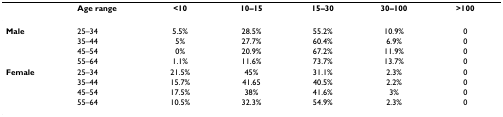
<table><thead><tr><td></td><td><b>Age range</b></td><td><b>&lt;10</b></td><td><b>10–15</b></td><td><b>15–30</b></td><td><b>30–100</b></td><td><b>&gt;100</b></td></tr></thead><tbody><tr><td><b>Male</b></td><td>25–34</td><td>5.5%</td><td>28.5%</td><td>55.2%</td><td>10.9%</td><td>0</td></tr><tr><td></td><td>35–44</td><td>5%</td><td>27.7%</td><td>60.4%</td><td>6.9%</td><td>0</td></tr><tr><td></td><td>45–54</td><td>0%</td><td>20.9%</td><td>67.2%</td><td>11.9%</td><td>0</td></tr><tr><td></td><td>55–64</td><td>1.1%</td><td>11.6%</td><td>73.7%</td><td>13.7%</td><td>0</td></tr><tr><td><b>Female</b></td><td>25–34</td><td>21.5%</td><td>45%</td><td>31.1%</td><td>2.3%</td><td>0</td></tr><tr><td></td><td>35–44</td><td>15.7%</td><td>41.65</td><td>40.5%</td><td>2.2%</td><td>0</td></tr><tr><td></td><td>45–54</td><td>17.5%</td><td>38%</td><td>41.6%</td><td>3%</td><td>0</td></tr><tr><td></td><td>55–64</td><td>10.5%</td><td>32.3%</td><td>54.9%</td><td>2.3%</td><td>0</td></tr></tbody></table>